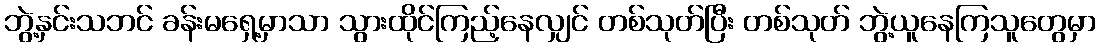
ဘွဲ့နှင်းသဘင် ခန်းမရှေ့မှာသာ သွားထိုင်ကြည့်နေလျှင် တစ်သုတ်ပြီး တစ်သုတ် ဘွဲ့ယူနေကြသူတွေမှာ